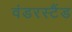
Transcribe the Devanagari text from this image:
वंडरस्टैंड